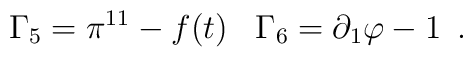
\Gamma _5=\pi ^{11}-f(t) \,\,\,\,\, \Gamma _6 =\partial _1 \varphi-1 \,\,\, .